Annual report on the mental hospital in the Central Provinces and Berar (Nagpur) - 1927-1951
Year: 1927
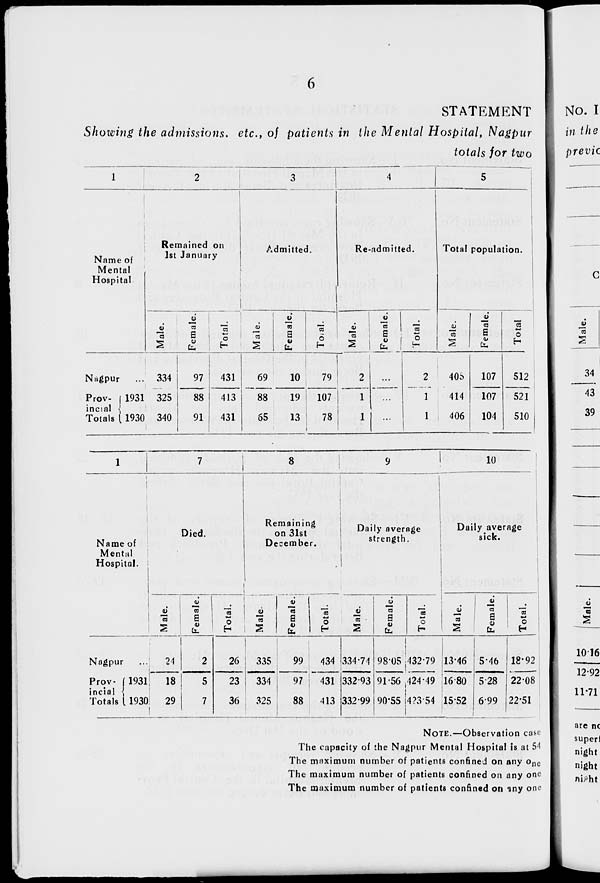
6
STATEMENT
Showing the admissions. etc., of patients in the Mental Hospital, Nagpur
totals for two
1
Name of
Mental
Hospital
Nagpur ...
Prov-
incial
Totals
1931
1930
2
Remained on
1st January
Male.
334
325
340
Female.
97
88
91
Total.
431
413
431
3
Admitted.
Male.
69
88
65
Female.
10
19
13
Total.
79
107
78
4
Re-admitted.
Male.
2
1
1
Female.
...
...
...
Total.
2
1
1
5
Total population.
Male.
408
414
406
Female.
107
107
104
Total.
512
521
510
1
Name of
Mental
Hospital.
Nagpur ...
Prov-
incial
Totals
1931
1930
7
Died.
Male.
24
18
29
Female.
2
5
7
Total.
26
23
36
8
Remaining
on 31st
December.
Male.
335
334
325
Female.
99
97
88
Total.
434
431
413
9
Daily average
strength.
Male.
334.74
332.93
332.99
Female.
98.05
91.56
90.55
Total.
432.79
424.49
423.54
10
Daily average
sick.
Male.
13.46
16.80
15.52
Female.
5.46
5.28
6.99
Total.
18.92
22.08
22.51
NOTE.—Observation case
The capacity of the Nagpur Mental Hospital is at 54
The maximum number of patients confined on any one
The maximum number of patients confined on any one
The maximum number of patients confined on any one